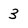
Character: 3